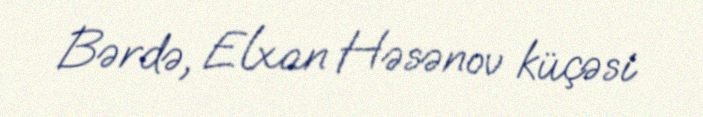
Bərdə, Elxan Həsənov küçəsi